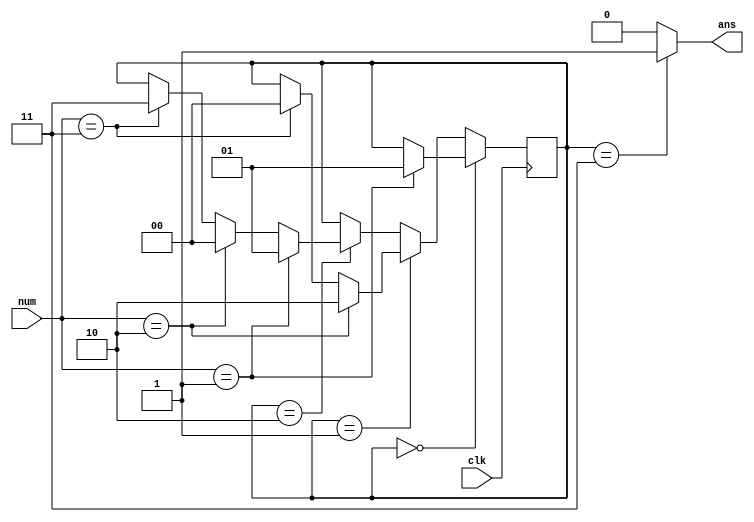
`timescale 1ns / 1ps
//////////////////////////////////////////////////////////////////////////////////
// Company: 
// Engineer: 
// 
// Design Name: 
// Module Name:    counting1 
// Project Name: 
// Target Devices: 
// Tool versions: 
// Description: 
//
// Dependencies: 
//
// Revision: 
// Revision 0.01 - File Created
// Additional Comments: 
//
//////////////////////////////////////////////////////////////////////////////////
`define S0 2'b00
`define S1 2'b01
`define S2 2'b10
`define S3 2'b11
module counting1(
		input [1:0] num,
		input clk,
		output ans
	);
	reg [1:0] now;
	assign ans=(now==`S3)?1'b1:1'b0;
	
	initial
	begin
		now<=`S0;
	end
	
	always @(posedge clk)
	begin
		if (now==`S0)
		begin
			if (num==2'b01)
			begin
				now<=`S1;
			end
		end
		else if (now==`S1)
		begin
			if (num==2'b10)
			begin
				now<=`S2;
			end
			else if (num==2'b11)
			begin
				now<=`S0;
			end
		end
		else if (now==`S2)
		begin
			if (num==2'b01)
			begin
				now<=`S1;
			end
			else if (num==2'b10)
			begin
				now<=`S0;
			end
			else if (num==2'b11)
			begin
				now<=`S3;
			end
		end
	end
	
endmodule